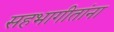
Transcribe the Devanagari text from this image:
सहभागीतांना